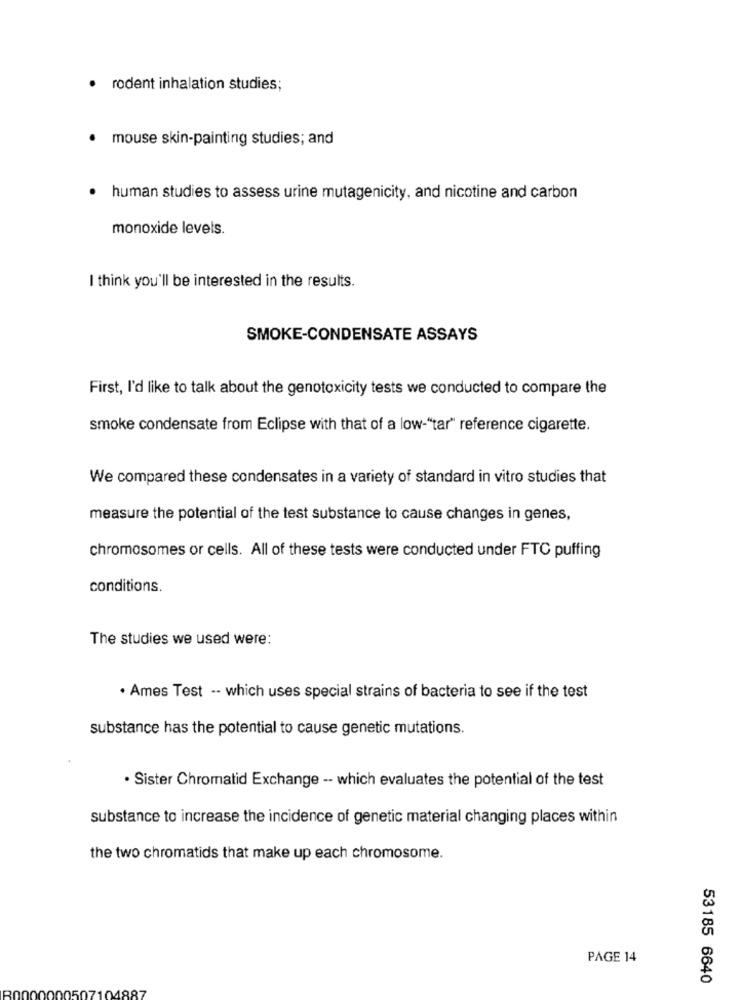
· rodent inhalation studies;
· mouse skin-painting studies; and
· human studies to assess urine mutagenicity, and nicotine and carbon
monoxide levels.
I think you'll be interested in the results.
SMOKE-CONDENSATE ASSAYS
First, I'd like to talk about the genotoxicity tests we conducted to compare the
smoke condensate from Eclipse with that of a low-"tar" reference cigarette.
We compared these condensates in a variety of standard in vitro studies that
measure the potential of the test substance to cause changes in genes,
chromosomes or cells. All of these tests were conducted under FTC puffing
conditions.
The studies we used were:
. Ames Test -- which uses special strains of bacteria to see if the test
substance has the potential to cause genetic mutations.
. Sister Chromatid Exchange -- which evaluates the potential of the test
substance to increase the incidence of genetic material changing places within
the two chromatids that make up each chromosome.
PAGE 14
53185 6640